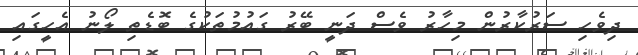
ދިވެހި ސަރުކާރުން މިހާރު ވެސް ދަނީ ބޭރު ގައުމުތަކުގެ ބޮޑެތި ލޯނު އެހީގައި